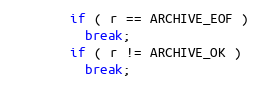
Language: C++
        if ( r == ARCHIVE_EOF )
          break;
        if ( r != ARCHIVE_OK )
          break;